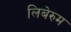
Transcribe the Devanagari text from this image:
लिबेरुम